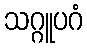
သဂ္ဂူပဂံ